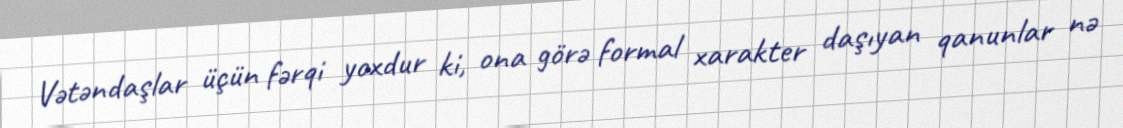
Vətəndaşlar üçün fərqi yoxdur ki, ona görə formal xarakter daşıyan qanunlar nə